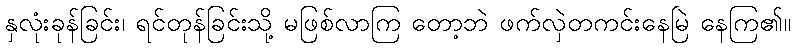
နှလုံးခုန်ခြင်း၊ ရင်တုန်ခြင်းသို့ မဖြစ်လာကြ တော့ဘဲ ဖက်လှဲတကင်းနေမြဲ နေကြ၏။